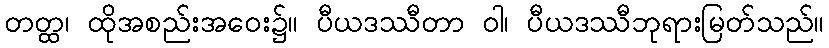
တတ္ထ၊ ထိုအစည်းအဝေး၌။ ပီယဒဿီတာ ဝါ၊ ပီယဒဿီဘုရားမြတ်သည်။